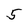
Character: 5